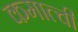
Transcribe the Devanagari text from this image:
कमात्ची